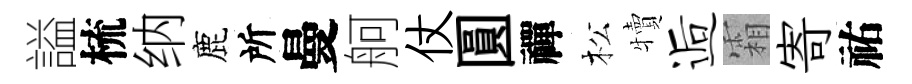
謚梳纳鹿所曼舸仗圓禪松犢逅霜寄祐